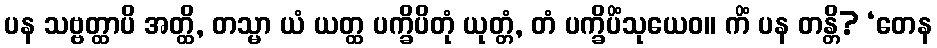
ပန သဗ္ဗတ္ထာပိ အတ္ထိ, တသ္မာ ယံ ယတ္ထ ပက္ခိပိတုံ ယုတ္တံ, တံ ပက္ခိပိံသုယေဝ။ ကိံ ပန တန္တိ? ‘တေန